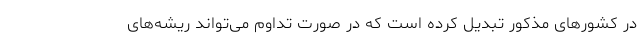
در کشور‌های مذکور تبدیل کرده است که در صورت تداوم می‌تواند ریشه‌های